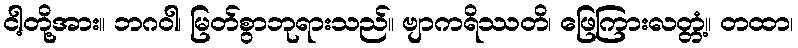
ငါ့တို့အား။ ဘဂဝါ၊ မြတ်စွာဘုရားသည်။ ဗျာကရိဿတိ၊ ဖြေကြားလတ္တံ့။ တထာ၊